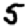
Digit: 5